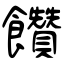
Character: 饡